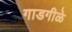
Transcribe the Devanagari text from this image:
गाडगीळे